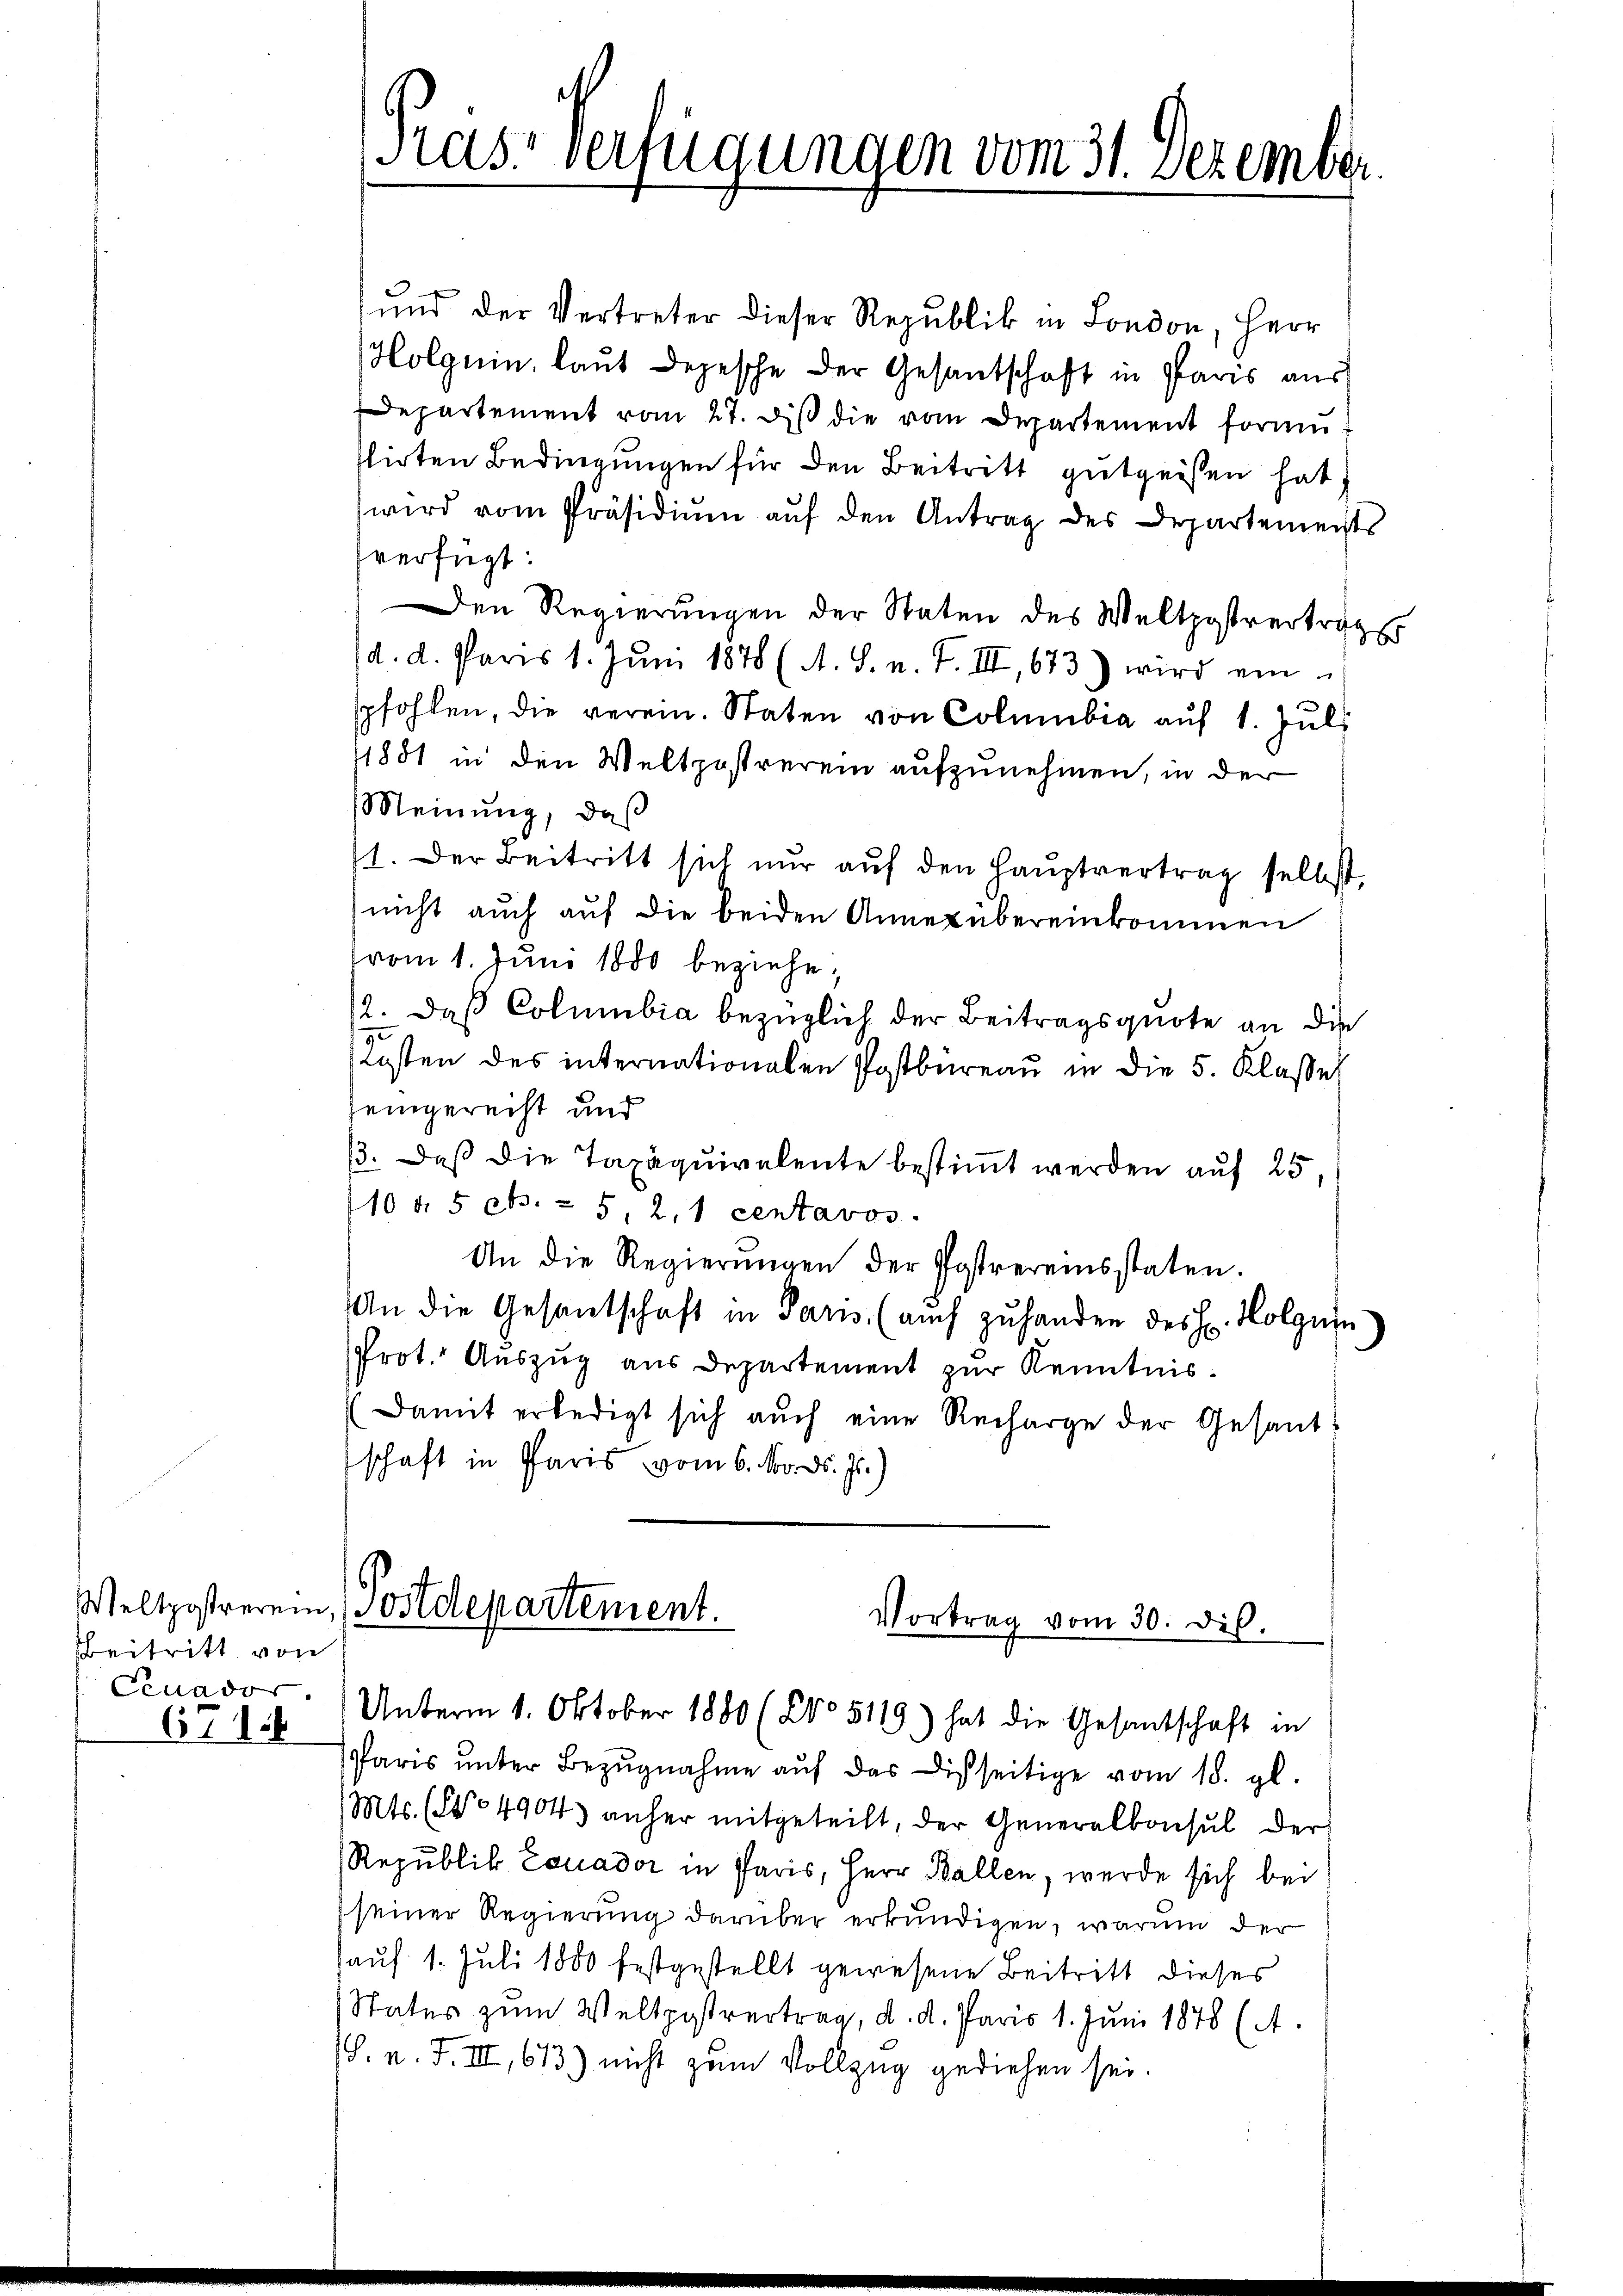
beitritt von
676

und der Vertreter dieser Republik in London, Herr
Holgnin, laut Depesche der Gesantschaft in Paris aus
departement vom 27. diβ die vom Departement formi
slirten Bedingungen für den Beitritt gutgeisten hat.
wird vom Präsidium auf den Antrag des Departements
verfügt:
Den Regierungen der Staten des Weltpostverträger
d. d. Paris 1. Jŭni 1878 (A. S. n. F. III, 673.) wird ein
pfohlen, die verein. Staten von Columbia aŭf 1. Juli
1881 in den Weltpostrerein aufzunehmen, in der
Meinung, daß
11. Der Beitritt sich nur auf den Hauptvertrag selbst,
nicht auch auf die beiden Annex übereinkommen
vom 1. Juni 1880 beziehe,
12. daß Columbia bezüglich der Beitragsquote an die
2
Kosten des internationalen Postbüreau in die 5. Klassel
eingerecht und
13. Daß die Taxaquivalente bestimmt werden auf 25,
110 d. 5 eb. 25, 21 centavos.
An die Regierŭngen der Postvereinsstaten.
An die Gesantschaft in Paris (auch zŭ handen des H. Holgnin
Prot. Auszug aus Departement zur Kenntnis.
(Damit erledigt sich auch eine Recharge der Gesandschaft in Paris vom 6. Nov. d. Js.)

Paris ŭnter Bezŭgnahme aŭf das Disseitige vom 18. gl.
(Mts. (No 4904 anher mitgeteilt, der Generalkonsul der
Republik Eouador in Paris, Herr Ballen, werde sich bei
(seiner Regierung darüber erkundigen, warum der
auf 1. Juli 1880 festgestellt gewesene Beitritt dieses
Status zum Weltpostvertrag, d. d. Paris 1. Juni 1878 (A.
(S. n. F. III, 613) nicht zum Vollzug gediehen sei.

Ras Verfügungen vom 31. Dezemb

Weltpostrerein, Postdepartement.
Vortrag vom 30. dis.
Ceuasor. Unterm 1. Oktober 1880 (205119) hat die Gesantschaft in